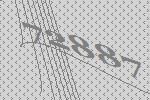
72887